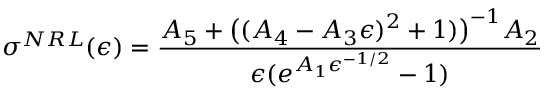
\sigma ^ { N R L } ( \epsilon ) = { \frac { A _ { 5 } + { \big ( } ( A _ { 4 } - A _ { 3 } \epsilon ) ^ { 2 } + 1 ) { \big ) } ^ { - 1 } A _ { 2 } } { \epsilon ( e ^ { A _ { 1 } \epsilon ^ { - 1 / 2 } } - 1 ) } }